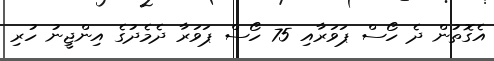
އެގޮތުން ދެ ހޯސް ޕަވަރާއި 75 ހޯސް ޕަވަރާ ދެމެދުގެ އިންޖީނު ހުރި